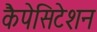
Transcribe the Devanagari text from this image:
कैपेसिटेशन